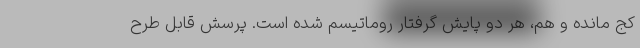
كج مانده و هم، هر دو پايش گرفتار روماتيسم شده‌ است. پرسش قابل طرح